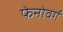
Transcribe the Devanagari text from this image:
फेनोवर्ग